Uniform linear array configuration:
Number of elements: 48
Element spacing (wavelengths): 0.75
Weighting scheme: kaiser
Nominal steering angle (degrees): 15
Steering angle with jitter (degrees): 16.136
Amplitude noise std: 0.05
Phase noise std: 0.05

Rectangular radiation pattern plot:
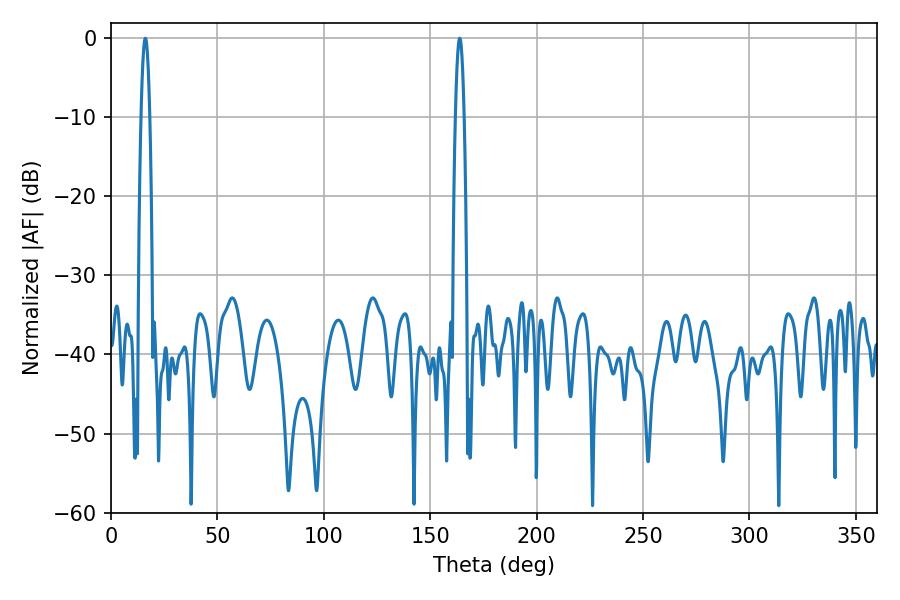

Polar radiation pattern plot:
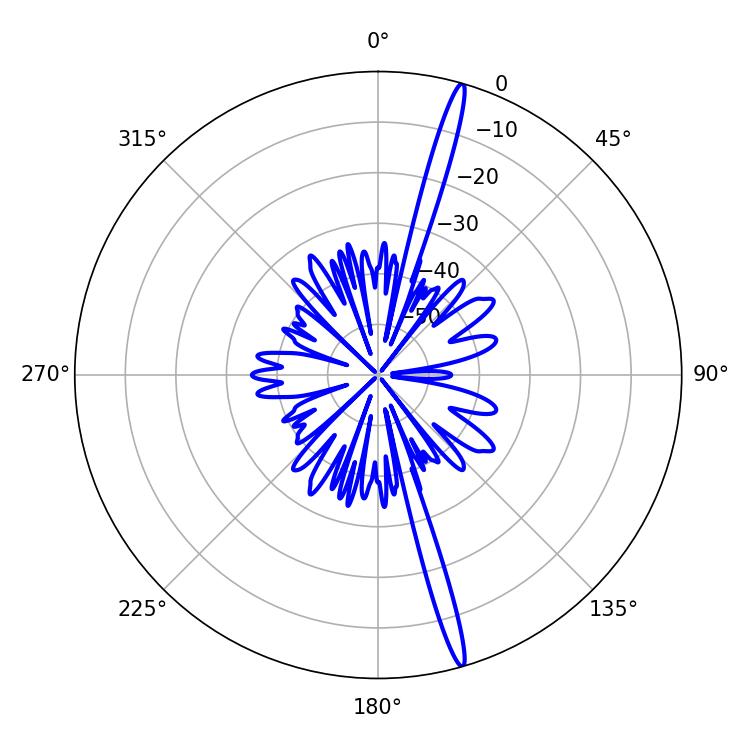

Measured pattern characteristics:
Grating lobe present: TRUE
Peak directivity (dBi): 19.204
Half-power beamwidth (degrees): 2.16
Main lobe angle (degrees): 163.8